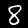
Label: 8